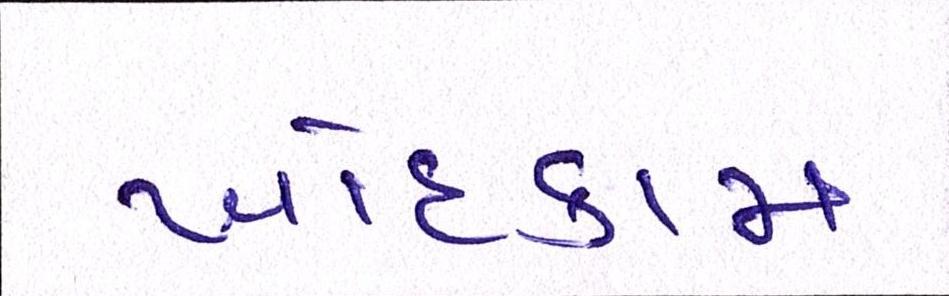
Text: ખોદકામ